Report on vaccination in Madras 1922-1929 - 1922-1929
Year: 1922
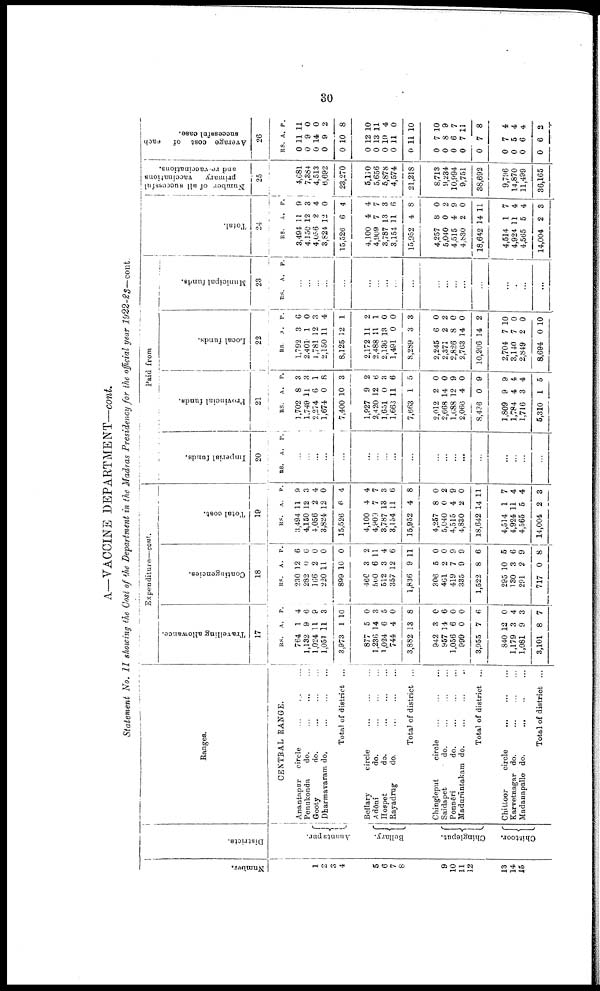
30
A—VACCINE DEPARTMENT—cont.
Statement No. II showing the Cost of the Department in the Madras Presidency for the official year 1922-23— cont.
Number.
1
2
3
4
5
6
7
8
9
10
11
12
13
14
15
Districts.
Anantapur.
Bellary.
Chingleput.
Chittoor.
Ranges.
CENTRAL RANGE.
Anantapur
circle ... ... ...
Penukonda
do. ... ... ...
Gooty
do. ... ... ...
Dharmavaram do.
...
...
...
Total of district ...
Bellary
circle
...
...
...
Adōni
do. ... ... ...
Hospet do. ... ... ...
Rayadrug
do.
...
...
...
Total of district ...
Chingleput
circle ... ... ...
Saidapet
do. ... ... ...
Ponnēri
do. ... ... ...
Madurāntakam do. ... ... ...
Total of district ...
Chittoor
circle ... ... ...
Karvetnagar do.
...
...
...
Madanapalle do. ... ... ...
Total of district ...
Expenditure—cont.
Travelling allowance.
17
RS.
764
1,132
1,024
1,051
3,973
877
1,236
1,024
744
3,882
942
957
1,056
999
3,955
840
1,179
1,081
3,101
A.
1
9
11
11
1
5
14
6
4
13
3
14
6
0
7
12
3
9
8
P.
4
6
9
3
10
0
3
5
0
8
0
6
0
0
6
0
4
3
7
Contingencies.
18
RS.
230
282
166
220
899
466
500
512
357
1,836
306
461
419
335
1,522
295
130
291
717
A.
12
0
2
11
10
3
6
3
12
9
5
2
7
9
8
10
3
2
0
P.
6
6
0
0
0
2
11
4
6
11
0
0
9
9
6
5
6
9
8
Total cost.
19
RS.
3,494
4,150
4,056
3,824
15,526
4,100
4,909
3,787
3,154
15,952
4,257
5,040
4,515
4,830
18,642
4,514
4,924
4,565
14,004
A.
11
12
2
12
6
4
7
13
11
4
8
0
4
2
14
1
11
5
2
P.
9
3
4
0
4
4
7
3
6
8
0
2
9
0
11
7
4
4
3
Paid from
Imperial funds.
20
RS. A. P.
...
...
...
...
...
...
...
...
...
...
...
...
...
...
...
...
...
...
...
Provincial funds.
21
RS.
1,702
1,749
2,274
1,674
7,400
1,927
2,420
1,651
1,663
7,663
2,012
2,668
l,688
2,066
8,436
1,809
1,784
1,716
5,310
A.
8
11
6
0
10
9
12
0
11
1
2
14
12
4
0
9
4
3
1
P.
3
3
1
8
3
2
6
3
6
5
0
0
9
0
9
9
4
4
5
Local funds.
22
RS.
1,792
2,401
1,781
2,150
8,125
2,172
2,488
2,136
1,491
8,289
2,245
2,371
2,826
2,763
10,206
2,704
3,140
2,849
8,694
A.
3
1
12
11
12
11
11
13
0
3
6
2
8
14
14
7
7
2
0
P.
6
0
3
4
1
2
1
0
0
3
0
2
0
0
2
10
0
0
10
Municipal funds.
23
RS. A. P.
...
...
...
...
...
...
...
...
...
...
...
...
...
...
...
...
...
...
...
Total.
24
RS.
3,494
4,150
4,056
3,824
15,526
4,100
4,909
3 787
3,154
15,952
4,257
5,040
4 515
4,830
18,642
4,514
4,924
4,565
14,004
A.
11
12
2
12
6
4
7
13
11
4
8
0
4
2
14
1
11
5
2
P.
9
3
4
0
4
4
7
3
6
8
0
2
9
0
11
7
4
4
3
Number of all successful
primary
vaccinations
and re-vaccinations.
25
4,681
7,384
4,513
6,692
23,270
5,110
5,656
5 878
4,574
21,218
8,713
9,234
10,994
9,751
38,692
9,796
14,870
11,499
36,165
Average cost of
each
successful case.
26
RS.
0
0
0
0
0
0
0
0
0
0
0
0
0
0
0
0
0
0
0
A.
11
9
14
9
10
12
13
10
11
11
7
8
6
7
7
7
5
6
6
P.
11
0
0
2
8
10
11
4
0
10
10
9
7
11
8
4
4
4
2